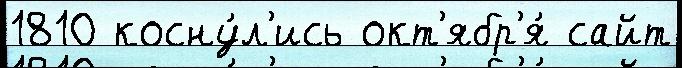
1810 косну́л'ись окт'ябр'я́ сайт